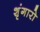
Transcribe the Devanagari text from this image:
शृंगारो